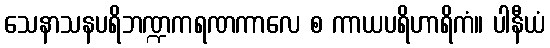
သေနာသနပရိဘဏ္ဍကရဏကာလေ စ ကာယပရိဟာရိကံ။ ပါနီယံ